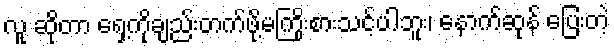
လူ ဆိုတာ ရှေ့ကိုချည်းတက်ဖို့မကြိုးစားသင့်ပါဘူး၊ နောက်ဆုန် ပြေးတဲ့